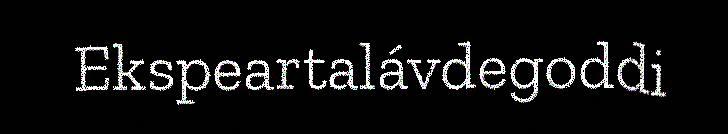
Ekspeartalávdegoddi